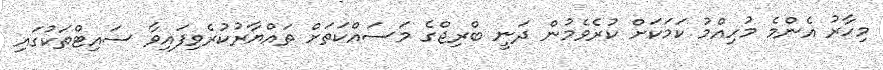
މިހާރު އެންމެ މުހިއްމު ކަމަކަށް ކުރެވެމުން ދަނީ ބްރިޖްގެ މަސައްކަތަށް ތައްޔާރުކުރެވިފައިވާ ސައިޓްތަކުގައި